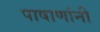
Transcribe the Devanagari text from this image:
पाषाणांनी